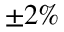
\pm 2 \%